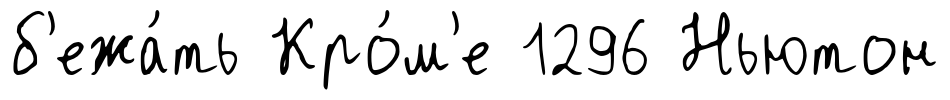
б'ежа́ть Кро́м'е 1296 Ньютон